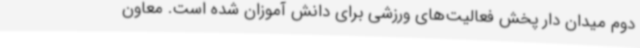
دوم میدان دار پخش فعالیت‌های ورزشی برای دانش آموزان شده است. معاون